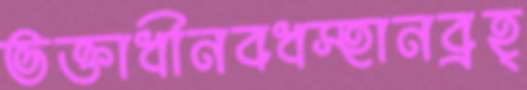
ভক্তাধীনবধস্হানব্রহ্